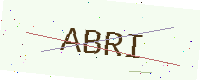
Text: ABRI